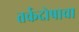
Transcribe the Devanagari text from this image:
तर्कदोषाचा